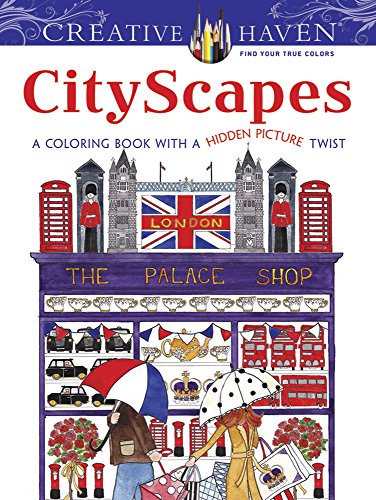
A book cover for Creative Haven CityScapes: A Coloring Book with a Hidden Picture Twist (Creative Haven Coloring Books); Alexandra Cowell; Humor & Entertainment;